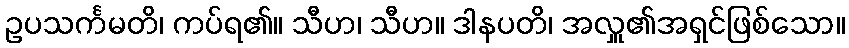
ဥပသင်္ကမတိ၊ ကပ်ရ၏။ သီဟ၊ သီဟ။ ဒါနပတိ၊ အလှူ၏အရှင်ဖြစ်သော။